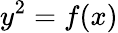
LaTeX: y^{2}=f(x)